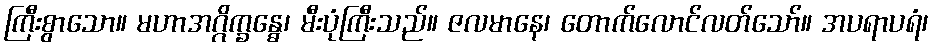
ကြီးစွာသော။ မဟာအဂ္ဂိက္ခန္ဓေ၊ မီးပုံကြီးသည်။ ဇလမာနေ၊ တောက်လောင်လတ်သော်။ အပရာပရံ၊